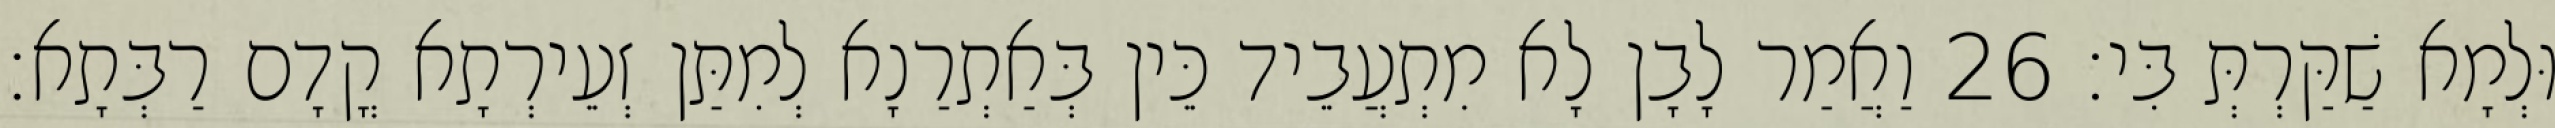
וּלְמָא שַׁקַּרְתְּ בִּי׃ 26 וַאֲמַר לָבָן לָא מִתְעֲבֵיד כֵּין בְּאַתְרַנָא לְמִתַּן זְעֵירְתָא קֳדָם רַבְּתָא׃